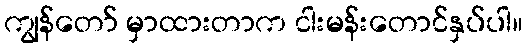
ကျွန်တော် မှာထားတာက ငါးမန်းတောင်နှပ်ပါ။